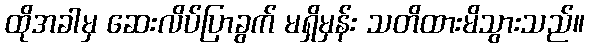
ထိုအခါမှ ဆေးလိပ်ပြာခွက် မရှိမှန်း သတိထားမိသွားသည်။